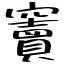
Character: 竇